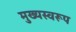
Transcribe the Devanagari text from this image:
मुख्यस्वरूप